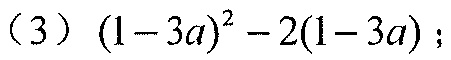
（3）\((1 - 3a)^{2}-2(1 - 3a)\)；